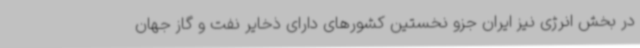
در بخش انرژی نیز ایران جزو نخستین کشورهای دارای ذخایر نفت و گاز جهان